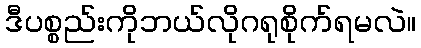
ဒီပစ္စည်းကိုဘယ်လိုဂရုစိုက်ရမလဲ။